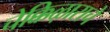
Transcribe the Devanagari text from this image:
चेक्किऴाराचे